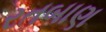
રતબાણ